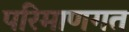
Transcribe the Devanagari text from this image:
परिमाणगत